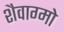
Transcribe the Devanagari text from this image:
शैवाग्मो